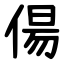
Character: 偒